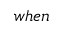
w h e n